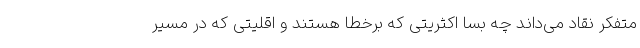
متفکر نقاد می‌داند چه بسا اکثریتی که برخطا هستند و اقلیتی که در مسیر